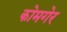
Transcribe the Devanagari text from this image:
कोमगेर